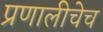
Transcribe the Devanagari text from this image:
प्रणालीचेच